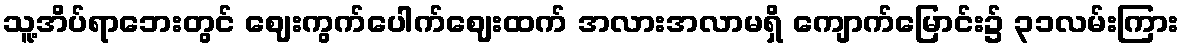
သူ့အိပ်ရာဘေးတွင် ဈေးကွက်ပေါက်ဈေးထက် အလားအလာမရှိ ကျောက်မြောင်း၌ ၃၁လမ်းကြား